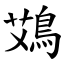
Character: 鴱